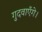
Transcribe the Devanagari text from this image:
गुदवाएँगे।